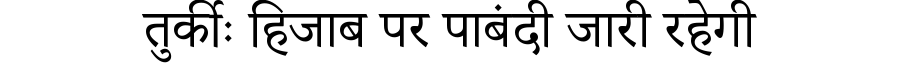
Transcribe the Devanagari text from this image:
तुर्कीः हिजाब पर पाबंदी जारी रहेगी